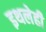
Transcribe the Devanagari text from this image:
इथलेही